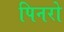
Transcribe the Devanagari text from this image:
पिनरो